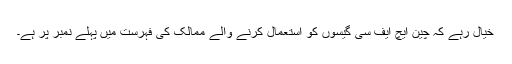
خیال رہے کہ چین ایچ ایف سی گیسوں کو استعمال کرنے والے ممالک کی فہرست میں پہلے نمبر پر ہے۔